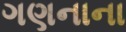
ગણનાના